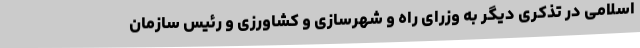
اسلامی در تذکری دیگر به وزرای راه و شهرسازی و کشاورزی و رئیس سازمان